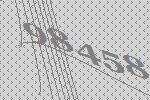
98458